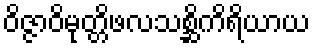
ဝိဇ္ဇာဝိမုတ္တိဖလသစ္ဆိကိရိယာယ